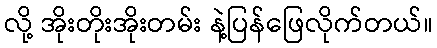
လို့ အိုးတိုးအိုးတမ်း နဲ့ပြန်ဖြေလိုက်တယ်။